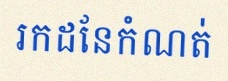
រកដែនកំណត់